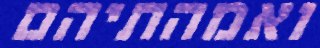
ואמהתיהם